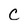
Character: C